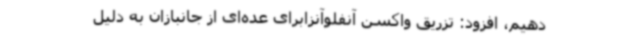
دهیم، افزود: تزریق واکسن آنفلوآنزابرای عده‌ای از جانبازان به دلیل